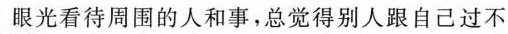
眼光看待周围的人和事，总觉得别人跟自己过不